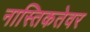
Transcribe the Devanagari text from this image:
नास्तिकतेवर